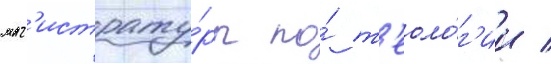
маг'истрату́ры по́ т'еоло́г'ии /